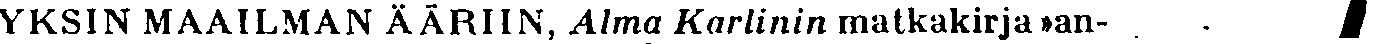
YKSIN MAAILMAN ÄÄRIIN, Alma Karlinin matkakirja »an-